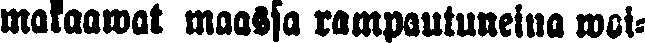
makaawat maassa rampautuneina woi-